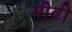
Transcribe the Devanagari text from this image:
मीटी